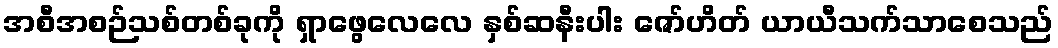
အစီအစဉ်သစ်တစ်ခုကို ရှာဖွေလေလေ နှစ်ဆနီးပါး ဇော်ဟိတ် ယာယီသက်သာစေသည်